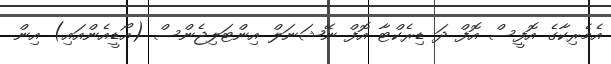
އެމެރިކާގެ އޮފީސް އޮފް ދަ ޑިރެކްޓާ އޮފް ނޭޝަނަލް އިންޓަލިޖެންސް (އޯޑީއެންއައި) އިން